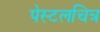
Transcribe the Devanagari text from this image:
पेस्टलचित्र